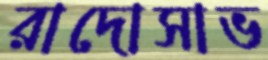
রাদোসাভ